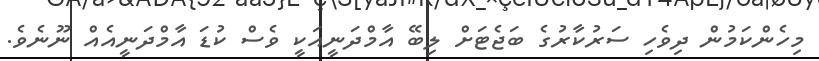
މިހެންކަމުން ދިވެހި ސަރުކާރުގެ ބަޖެޓަށް ލިބޭ އާމްދަނީއަކީ ވެސް ކުޑަ އާމްދަނީއެއް ނޫނެވެ.